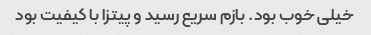
خیلی خوب بود. بازم سریع رسید و پیتزا با کیفیت بود